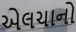
એલચાનો